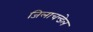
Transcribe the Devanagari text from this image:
जिलाचन्डेल